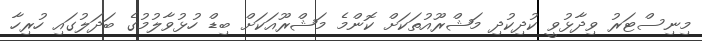
މިނިސްޓަރު ވިދާޅުވީ ކުދިކުދި މަޝްރޫއުތަކަށް ކޮންމެ މަޝްރޫއަކަށް ބިޑް ހުޅުވާލުމުގެ ބަދަލުގައި ހުރިހާ